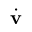
\dot { \mathbf { v } }